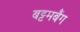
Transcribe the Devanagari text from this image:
बट्टमबैंग